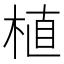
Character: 植